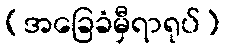
(အခြေခံမှီရာရုပ်)